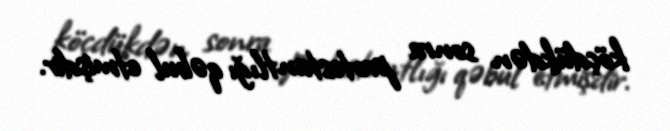
köçdükdən sonra protestantlığı qəbul etmişdir.